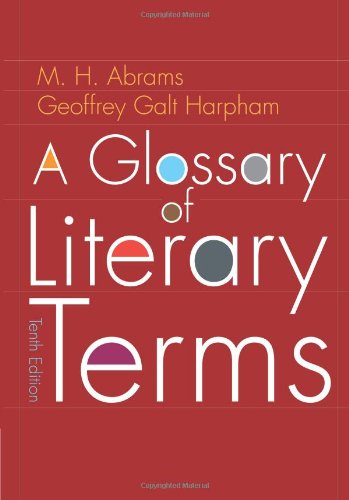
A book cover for A Glossary of Literary Terms; M.H. Abrams; Literature & Fiction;